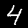
Label: 4